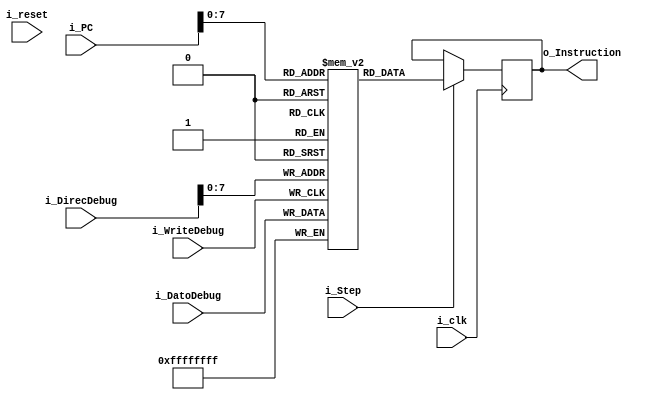
`timescale 1ns / 1ps

module Memoria_Instrucciones
    #(
        parameter NBITS     = 32    ,
        parameter CELDAS    = 256
    )
    (
        input   wire                        i_clk           ,
        input   wire                        i_reset         ,
        input   wire                        i_Step          ,
        input   wire    [NBITS-1    :0]     i_PC            ,
        input   wire    [NBITS-1    :0]     i_DirecDebug    ,
        input   wire    [NBITS-1    :0]     i_DatoDebug     ,
        input   wire                        i_WriteDebug    ,
        output  reg     [NBITS-1    :0]     o_Instruction   
    );
    
    reg     [NBITS-1  :0]     memory[CELDAS-1:0];
    integer                   i;

    
    initial 
    begin
        for (i = 0; i < CELDAS; i = i + 1) begin
            memory[i] = 0;
        end  
    end

//    initial
//    begin
//        memory[4] <= 32'b00000000001000110000000000100000; //add r0,r1,r3
//        memory[8] <= 32'b00000000000000100000100000100010; //sub r1,r0,r2
//        memory[12] <= 32'b00000000010000110000100000100110; //xor r1,r2,r3
//        memory[16] <= 32'b10000000010001000000000000000001; //lb r4,1(r2)
//        memory[20] <= 32'b10101100011000100000000000000100; //sw r2,4(r3)
//        memory[24] <= 32'b00000000011000010010100000000100; //sllv r5,r1,r3
//        memory[28] <= 32'b00000000011000010010100000000110; //srlv r5,r1,r3
//        memory[32] <= 32'b00001000000000000000000000001011; //j 11
//        memory[36] <= 32'b00000000000000100000100001000011; //sra r1,r2,1
//        memory[40] <= 32'b00000000010000110000100000100001; //addu r1,r2,r3
//        memory[44] <= 32'b00000000010000110000100000100011; //subu r1,r2,r3
//        memory[48] <= 32'b10001101000001100000000000000001; //lw r6,1(r8)
//        memory[52] <= 32'b00000000000001100000100000100100; //and r1,r0,r6
//        memory[56] <= 32'b00010000011000110000000000000011; //beq r3,r3,3
//        memory[60] <= 32'b10100000010001000000000000000001; //sb r4,1(r2)
//        memory[64] <= 32'b10010000010001010000000000000001; //lbu r5,1(r2)
//        memory[68] <= 32'b10010100010001100000000000000001; //lhu r6,1(r2)
//        memory[72] <= 32'b10000100010000010000000000000001; //lh r1,1(r2)
//        memory[76] <= 32'b10100100010000110000000000000010; //sh r3,2(r2)
//        memory[80] <= 32'b00010100001000010000000000000101; //bne r1,r1,5
//        memory[84] <= 32'b00001100000000000000000000011000; //jal 24
//        memory[88] <= 32'b00110000011001110000000000001010; //andi r7,r3,10
//        memory[92] <= 32'b00000000000001010010000010000010; //srl r4,r5,2
//        memory[96] <= 32'b00000000001000010010000000100111; //nor r4,r1,r1
//        memory[100] <= 32'b00110100000000010000000001110000; //ori r1,r0,112
//        memory[104] <= 32'b00000000001000001111100000001001; //jalr r1
//        memory[108] <= 32'b00000000010000110010000000100101; //or r4,r2,r3
//        memory[112] <= 32'b10011100010001000000000000000001; //lwu r4,1(r2)
//        memory[116] <= 32'b00111000010000110000000000010011; //xori r3,r2,19
//        memory[120] <= 32'b00000000010000110000100000101010; //slt r1,r2,r3
//        memory[124] <= 32'b00000000000000000000000000000000; //nop
//        memory[128] <= 32'b00111000000000010000000010010000; //xori r1,r0,144
//        memory[132] <= 32'b00000000001000000000000000001000; //jr r1
//        memory[136] <= 32'b00111100000000010000000000011100; //lui r1,28
//        memory[140] <= 32'b00000000000000100000101000000000; //sll r1,r2,8
//        memory[144] <= 32'b00101000000000110000000000000001; //slti r3,r0,1
//        memory[148] <= 32'b00000000000001010010000000000111; //srav r4,r5,r0
//        memory[152] <= 32'b00000000000000110000100111000011; //sra r1,r3,7
//        memory[156] <= 32'b11111111111111111111111111111111;

//    end

    always @(posedge i_clk)
    begin
        if (i_Step)
        begin
            o_Instruction  <= memory[i_PC];
        end
    end

    // Escribe dato enviado por unidad debug en la memoria
    always @(posedge i_WriteDebug)
    begin
            memory[i_DirecDebug] <= i_DatoDebug; 
    end

endmodule